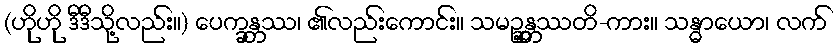
(ဟိုဟို ဒီဒီသို့လည်း။) ပေက္ခန္တဿ၊ ၏လည်းကောင်း။ သမဉ္ဆန္တဿတိ-ကား။ သန္ဓာယော၊ လက်